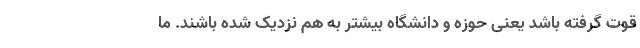
قوت گرفته باشد یعنی حوزه و دانشگاه بیشتر به هم نزدیک شده باشند. ما